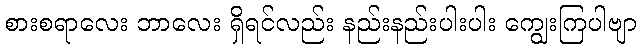
စားစရာလေး ဘာလေး ရှိရင်လည်း နည်းနည်းပါးပါး ကျွေးကြပါဗျာ